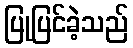
ပြုပြင်ခဲ့သည်